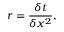
r = \frac { \delta t } { \delta x ^ { 2 } } ,